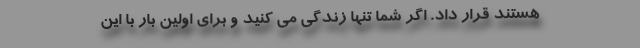
هستند قرار داد. اگر شما تنها زندگی می کنید و برای اولین بار با این